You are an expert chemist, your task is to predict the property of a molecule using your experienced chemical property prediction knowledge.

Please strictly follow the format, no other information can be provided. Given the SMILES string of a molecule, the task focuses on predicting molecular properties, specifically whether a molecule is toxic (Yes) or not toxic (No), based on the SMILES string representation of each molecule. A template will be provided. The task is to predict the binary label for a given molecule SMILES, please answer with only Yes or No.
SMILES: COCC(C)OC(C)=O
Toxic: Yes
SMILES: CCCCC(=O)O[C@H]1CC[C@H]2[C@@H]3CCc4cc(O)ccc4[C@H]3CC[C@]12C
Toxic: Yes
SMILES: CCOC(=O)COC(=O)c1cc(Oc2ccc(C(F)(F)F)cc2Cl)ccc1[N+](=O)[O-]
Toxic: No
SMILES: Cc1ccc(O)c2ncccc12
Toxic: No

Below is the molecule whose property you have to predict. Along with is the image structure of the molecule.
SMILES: CCCCCOC(=O)c1ccccc1C(=O)OCCCCC
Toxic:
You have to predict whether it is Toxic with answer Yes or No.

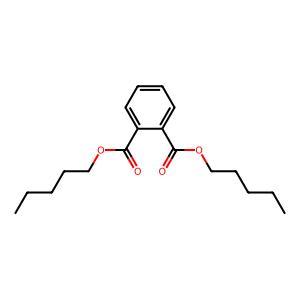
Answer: No